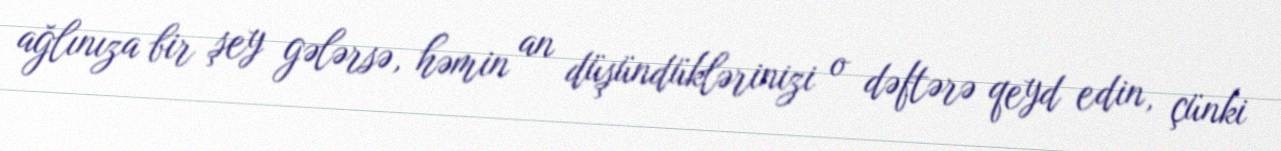
ağlınıza bir şey gələrsə, həmin an düşündüklərinizi o dəftərə qeyd edin, çünki